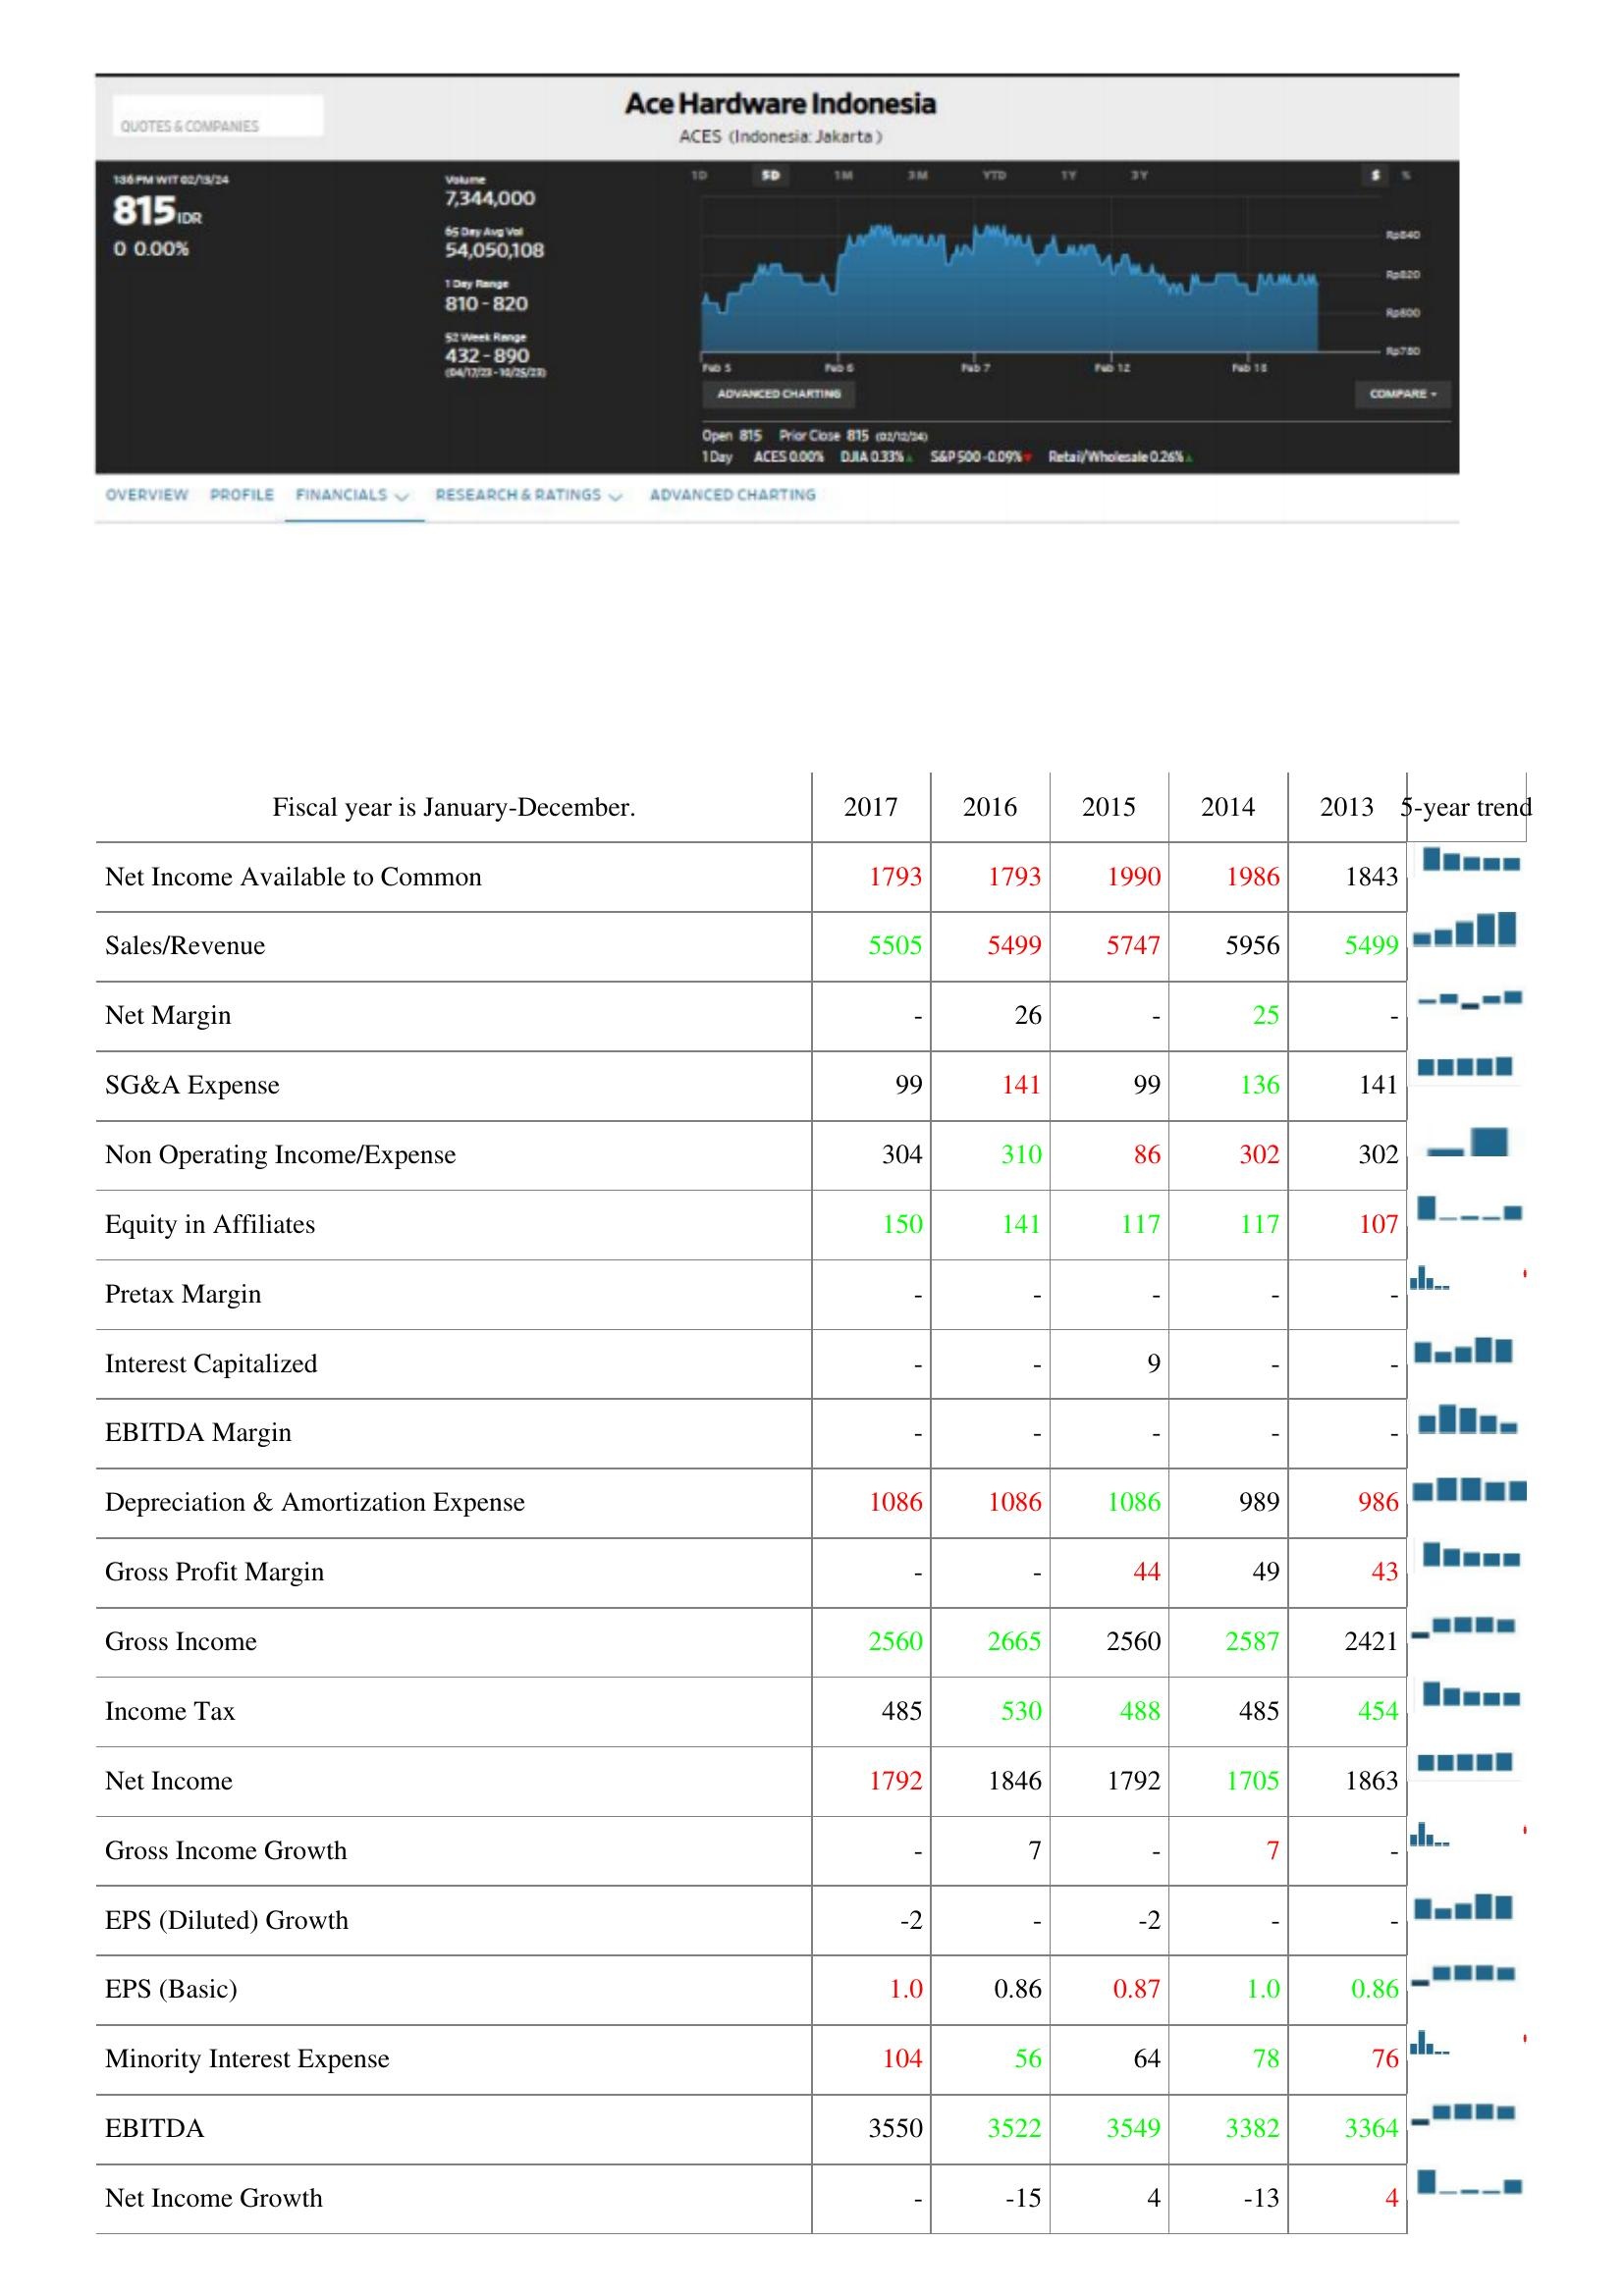
2017: : Net Income Available to Common: 1793
Sales/Revenue: 5505
Net Margin: -
SG&A Expense: 99
Non Operating Income/Expense: 304
Equity in Affiliates: 150
Pretax Margin: -
Interest Capitalized: -
EBITDA Margin: -
Depreciation & Amortization Expense: 1086
Gross Profit Margin: -
Gross Income: 2560
Income Tax: 485
Net Income: 1792
Gross Income Growth: -
EPS (Diluted) Growth: -2
EPS (Basic): 1.0
Minority Interest Expense: 104
EBITDA: 3550
Net Income Growth: -
2016: : Net Income Available to Common: 1793
Sales/Revenue: 5499
Net Margin: 26
SG&A Expense: 141
Non Operating Income/Expense: 310
Equity in Affiliates: 141
Pretax Margin: -
Interest Capitalized: -
EBITDA Margin: -
Depreciation & Amortization Expense: 1086
Gross Profit Margin: -
Gross Income: 2665
Income Tax: 530
Net Income: 1846
Gross Income Growth: 7
EPS (Diluted) Growth: -
EPS (Basic): 0.86
Minority Interest Expense: 56
EBITDA: 3522
Net Income Growth: -15
2015: : Net Income Available to Common: 1990
Sales/Revenue: 5747
Net Margin: -
SG&A Expense: 99
Non Operating Income/Expense: 86
Equity in Affiliates: 117
Pretax Margin: -
Interest Capitalized: 9
EBITDA Margin: -
Depreciation & Amortization Expense: 1086
Gross Profit Margin: 44
Gross Income: 2560
Income Tax: 488
Net Income: 1792
Gross Income Growth: -
EPS (Diluted) Growth: -2
EPS (Basic): 0.87
Minority Interest Expense: 64
EBITDA: 3549
Net Income Growth: 4
2014: : Net Income Available to Common: 1986
Sales/Revenue: 5956
Net Margin: 25
SG&A Expense: 136
Non Operating Income/Expense: 302
Equity in Affiliates: 117
Pretax Margin: -
Interest Capitalized: -
EBITDA Margin: -
Depreciation & Amortization Expense: 989
Gross Profit Margin: 49
Gross Income: 2587
Income Tax: 485
Net Income: 1705
Gross Income Growth: 7
EPS (Diluted) Growth: -
EPS (Basic): 1.0
Minority Interest Expense: 78
EBITDA: 3382
Net Income Growth: -13
2013: : Net Income Available to Common: 1843
Sales/Revenue: 5499
Net Margin: -
SG&A Expense: 141
Non Operating Income/Expense: 302
Equity in Affiliates: 107
Pretax Margin: -
Interest Capitalized: -
EBITDA Margin: -
Depreciation & Amortization Expense: 986
Gross Profit Margin: 43
Gross Income: 2421
Income Tax: 454
Net Income: 1863
Gross Income Growth: -
EPS (Diluted) Growth: -
EPS (Basic): 0.86
Minority Interest Expense: 76
EBITDA: 3364
Net Income Growth: 4